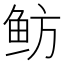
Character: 鲂